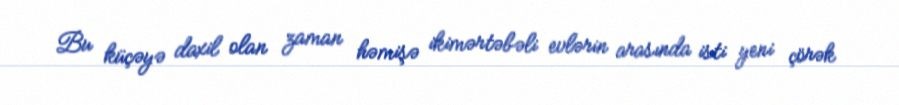
Bu küçəyə daxil olan zaman həmişə ikimərtəbəli evlərin arasında isti yeni çörək